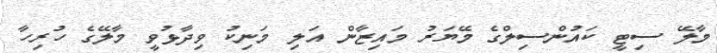
މާލޭ ސިޓީ ކައުންސިލްގެ މޭޔަރު މައިޒާން އަލި މަނިކު ވިދާޅުވީ މާލޭގެ ހުރިހާ